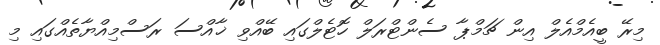
މިރޭ ބީއެމްއެލް އިން ޗަމްޕާ ސެންޓްރަލް ހޮޓެލްގައި ބޭއްވި ޚާއްސަ ރަސްމިއްޔާތެއްގައި މި